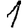
Digit: 1